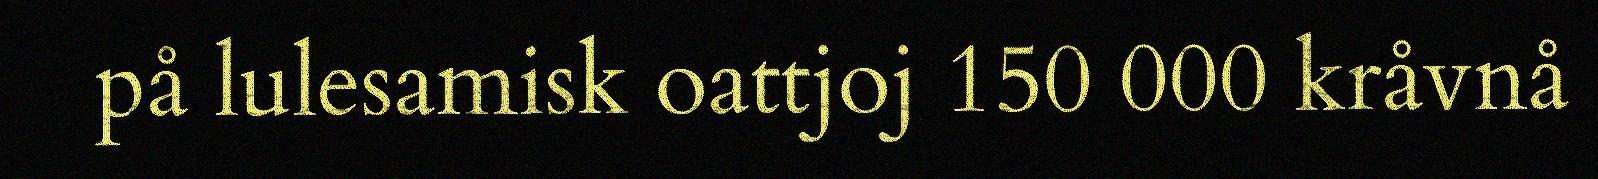
på lulesamisk oattjoj 150 000 kråvnå